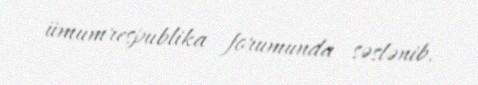
ümumrespublika forumunda səslənib.